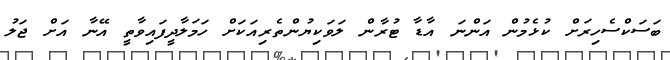
ބަސަކްސެހިރަށް ކުޅެމުން އަންނަ އާޑާ ޓުރާން ލަވަކިޔުންތެރިއަކަށް ހަމަލާދީފައިވާތީ އޭނާ އަށް ޖަލު